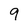
Character: 9